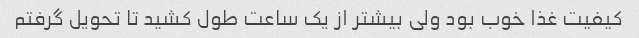
کیفیت غذا خوب بود ولى بیشتر از یک ساعت طول کشید تا تحویل گرفتم